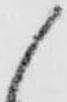
候